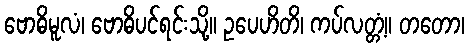
ဗောဓိမူလံ၊ ဗောဓိပင်ရင်းသို့။ ဥပေဟိတိ၊ ကပ်လတ္တံ့။ တတော၊